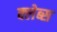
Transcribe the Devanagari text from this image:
क्लेब्स